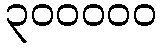
၃၀၀၀၀၀